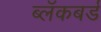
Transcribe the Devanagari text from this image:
ब्लॅकबर्ड